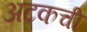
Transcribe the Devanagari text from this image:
अटकची